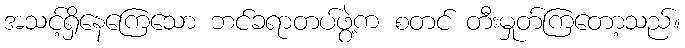
အသင့်ရှိနေကြေသော ဘင်ခရာတပ်ဖွဲ့က စတင် တီးမှုတ်ကြတော့သည်။